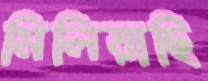
মিলিয়াছি